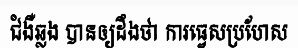
ជំងឺឆ្លង បានឲ្យដឹងថា ការធ្វេសប្រហែស